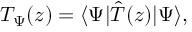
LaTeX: T _ { \Psi } ( z ) = \langle \Psi | \hat { T } ( z ) | \Psi \rangle ,